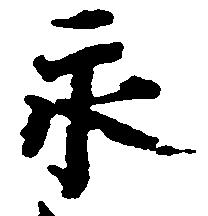
永